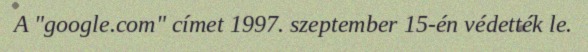
A "google.com" címet 1997. szeptember 15-én védették le.